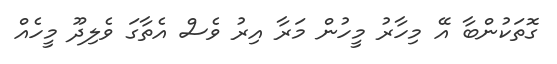
ގޮތަކުންބާ އޭ މިހާރު މީހުން މަރާ އިރު ވެސް އެތާގަ ވެލިދޫ މީހެއް